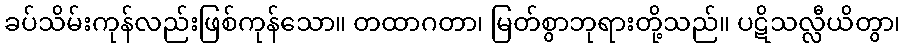
ခပ်သိမ်းကုန်လည်းဖြစ်ကုန်သော။ တထာဂတာ၊ မြတ်စွာဘုရားတို့သည်။ ပဋိသလ္လီယိတွာ၊